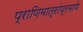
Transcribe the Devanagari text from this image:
प्राणिमात्रांप्रमाणे